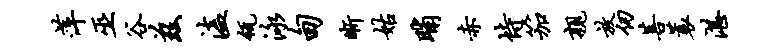
萍巫谷兹溘瓴泳甸晰姑晡赤恃笳亲放仞菩蓑湛